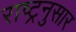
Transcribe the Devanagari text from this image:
राष्ट्रनुसार